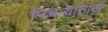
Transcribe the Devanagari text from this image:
निचर्‍यासाठी